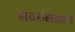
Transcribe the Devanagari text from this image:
सदरलिखाण